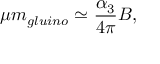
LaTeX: \mu m _ { g l u i n o } \simeq { \frac { \alpha _ { 3 } } { 4 \pi } } B ,